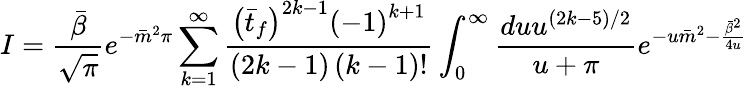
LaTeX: I=\frac{\bar{\beta}}{\sqrt{\pi}}e^{-\bar{m}^{2}\pi}\sum_{k=1}^{\infty}\frac{\left(\bar{t}_{f}\right)^{2k-1}\left(-1\right)^{k+1}}{\left(2k-1\right)\left(k-1\right)!}\int_{0}^{\infty}\frac{duu^{(2k-5)/2}}{u+\pi}e^{-u\bar{m}^{2}-\frac{\bar{\beta}^{2}}{4u}}